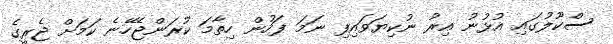
ސްކޫލުގައި އުޅުނު އިރު ނުކިޔަވައިފި ނަމަ ފަހުން ހިތާމަ ކުރަންޖެހޭނެ ކަމަށް ޖެރީގެ